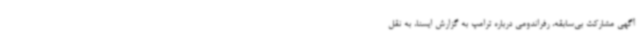
آگهی مشارکت بی‌سابقه، رفراندومی درباره ترامپ به گزارش ایسنا،‌ به نقل